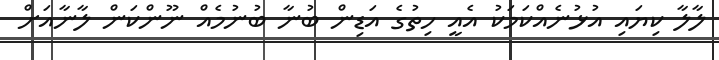
ލާލާ ކިޔައި އުޅުނެއްކަމަކު އެއީ ހިތުގެ އަޑިން ބުނާ ބުނުމެއް ނޫންކަން ލާނާއަށް